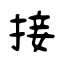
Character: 接